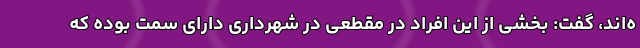
ه‌اند، گفت: بخشی از این افراد در مقطعی در شهرداری دارای سمت بوده که